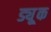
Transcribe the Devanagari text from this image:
ड्यू्क